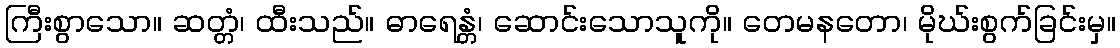
ကြီးစွာသော။ ဆတ္တံ၊ ထီးသည်။ ဓာရေန္တံ၊ ဆောင်းသောသူကို။ တေမနတော၊ မိုဃ်းစွက်ခြင်းမှ။